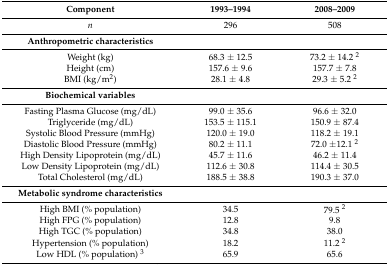
<table><thead><tr><td><b>Component</b></td><td><b>1993–1994</b></td><td><b>2008–2009</b></td></tr></thead><tbody><tr><td><i>n</i></td><td>296</td><td>508</td></tr><tr><td><b>Anthropometric characteristics</b></td><td></td><td></td></tr><tr><td>Weight (kg)</td><td>68.3 ± 12.5</td><td>73.2 ± 14.2 <sup>2</sup></td></tr><tr><td>Height (cm)</td><td>157.6 ± 9.6</td><td>157.7 ± 7.8</td></tr><tr><td>BMI (kg/m<sup>2</sup>)</td><td>28.1 ± 4.8</td><td>29.3 ± 5.2 <sup>2</sup></td></tr><tr><td><b>Biochemical variables</b></td><td></td><td></td></tr><tr><td>Fasting Plasma Glucose (mg/dL)</td><td>99.0 ± 35.6</td><td>96.6 ± 32.0</td></tr><tr><td>Triglyceride (mg/dL)</td><td>153.5 ± 115.1</td><td>150.9 ± 87.4</td></tr><tr><td>Systolic Blood Pressure (mmHg)</td><td>120.0 ± 19.0</td><td>118.2 ± 19.1</td></tr><tr><td>Diastolic Blood Pressure (mmHg)</td><td>80.2 ± 11.1</td><td>72.0 ±12.1 <sup>2</sup></td></tr><tr><td>High Density Lipoprotein (mg/dL)</td><td>45.7 ± 11.6</td><td>46.2 ± 11.4</td></tr><tr><td>Low Density Lipoprotein (mg/dL)</td><td>112.6 ± 30.8</td><td>114.4 ± 30.5</td></tr><tr><td>Total Cholesterol (mg/dL)</td><td>188.5 ± 38.8</td><td>190.3 ± 37.0</td></tr><tr><td><b>Metabolic syndrome characteristics</b></td><td></td><td></td></tr><tr><td>High BMI (% population)</td><td>34.5</td><td>79.5 <sup>2</sup></td></tr><tr><td>High FPG (% population)</td><td>12.8</td><td>9.8</td></tr><tr><td>High TGC (% population)</td><td>34.8</td><td>38.0</td></tr><tr><td>Hypertension (% population)</td><td>18.2</td><td>11.2 <sup>2</sup></td></tr><tr><td>Low HDL (% population) <sup>3</sup></td><td>65.9</td><td>65.6</td></tr></tbody></table>